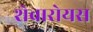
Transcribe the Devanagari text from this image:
शेवारोयस